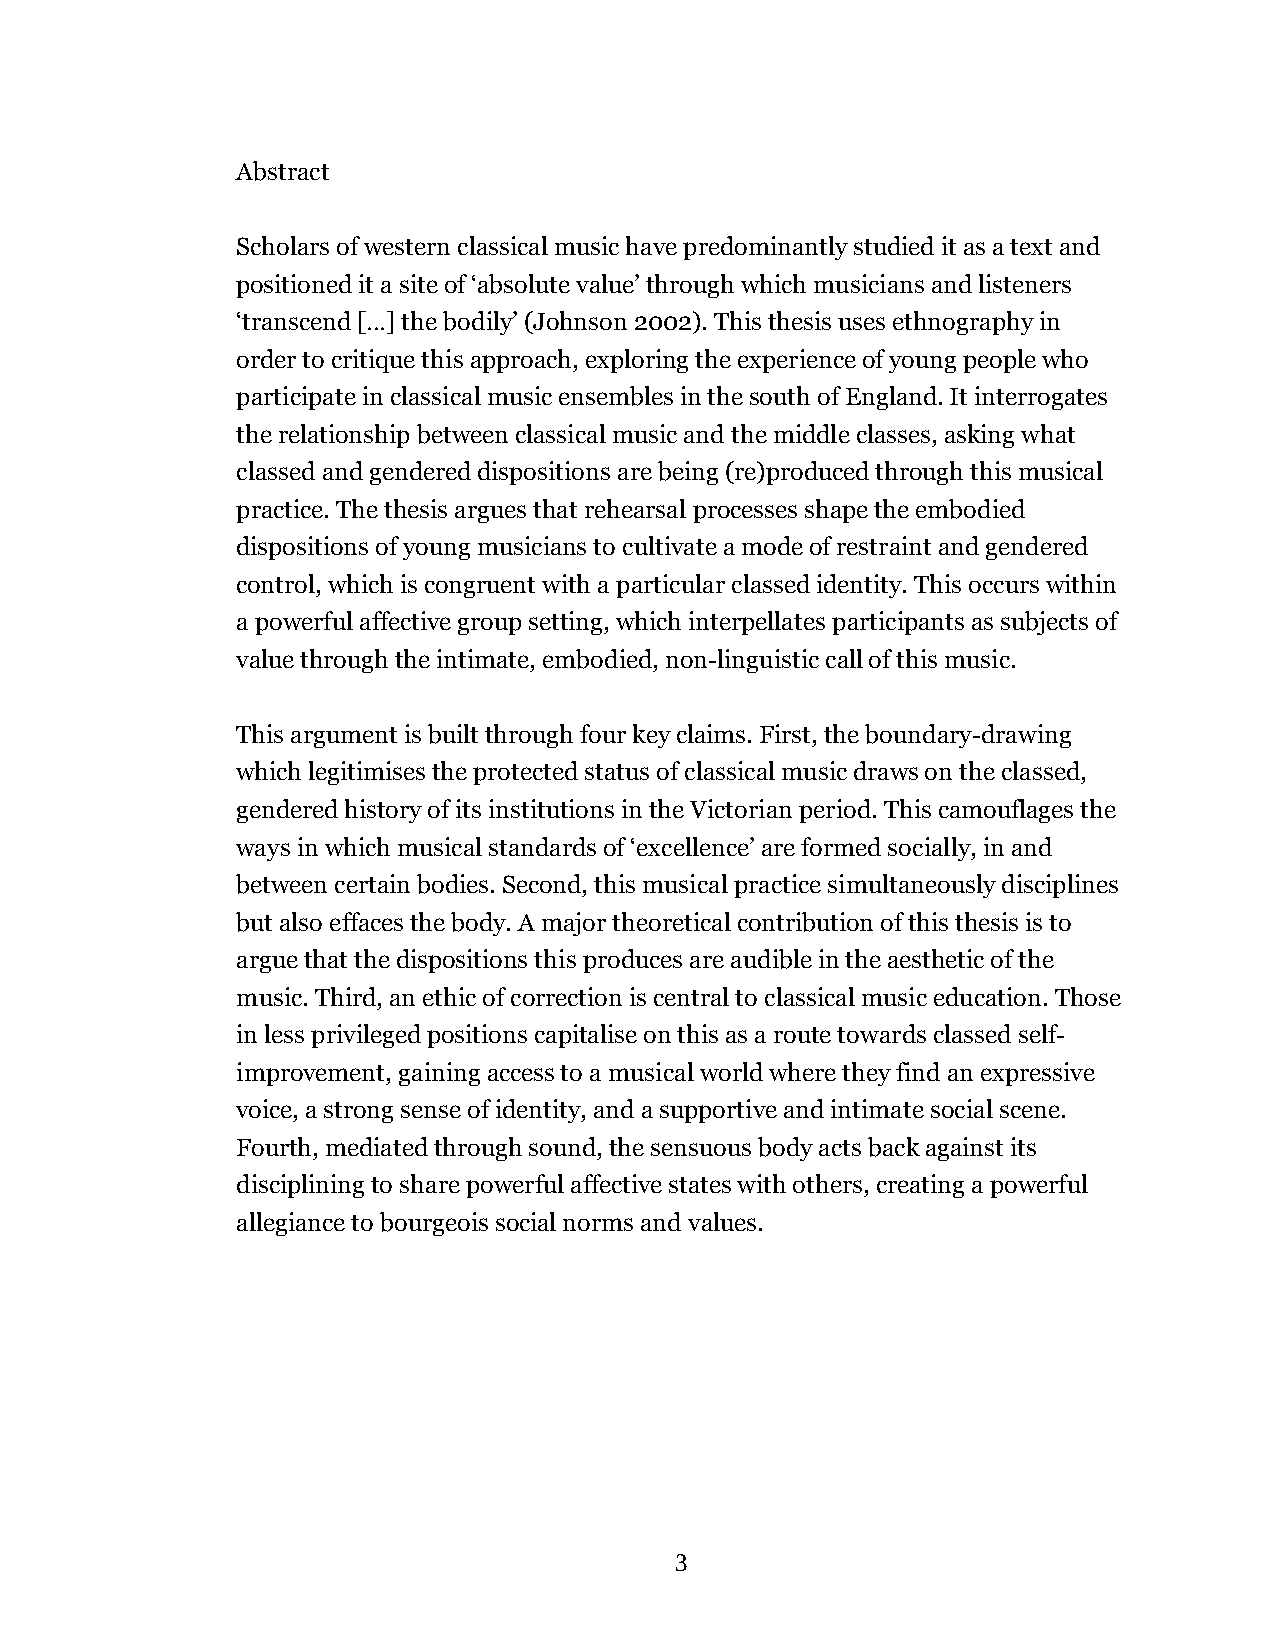
Abstract
 Scholars of western classical music have predominantly studied it as a text and
 positioned it a site of ‘absolute value’ through which musicians and listeners
 ‘transcend […] the bodily’ (Johnson 2002). This thesis uses ethnography in
 order to critique this approach, exploring the experience of young people who
 participate in classical music ensembles in the south of England. It interrogates
 the relationship between classical music and the middle classes, asking what
 classed and gendered dispositions are being (re)produced through this musical
 practice. The thesis argues that rehearsal processes shape the embodied
 dispositions of young musicians to cultivate a mode of restraint and gendered
 control, which is congruent with a particular classed identity. This occurs within
 a powerful affective group setting, which interpellates participants as subjects of
 value through the intimate, embodied, non-linguistic call of this music.
 This argument is built through four key claims. First, the boundary-drawing
 which legitimises the protected status of classical music draws on the classed,
 gendered history of its institutions in the Victorian period. This camouflages the
 ways in which musical standards of ‘excellence’ are formed socially, in and
 between certain bodies. Second, this musical practice simultaneously disciplines
 but also effaces the body. A major theoretical contribution of this thesis is to
 argue that the dispositions this produces are audible in the aesthetic of the
 music. Third, an ethic of correction is central to classical music education. Those
 in less privileged positions capitalise on this as a route towards classed self-
 improvement, gaining access to a musical world where they find an expressive
 voice, a strong sense of identity, and a supportive and intimate social scene.
 Fourth, mediated through sound, the sensuous body acts back against its
 disciplining to share powerful affective states with others, creating a powerful
 allegiance to bourgeois social norms and values.
 3